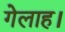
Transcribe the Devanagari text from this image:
गेलाह।